Vaccine operations Central Provinces 1868-1885 - 1868-1885
Year: 1868
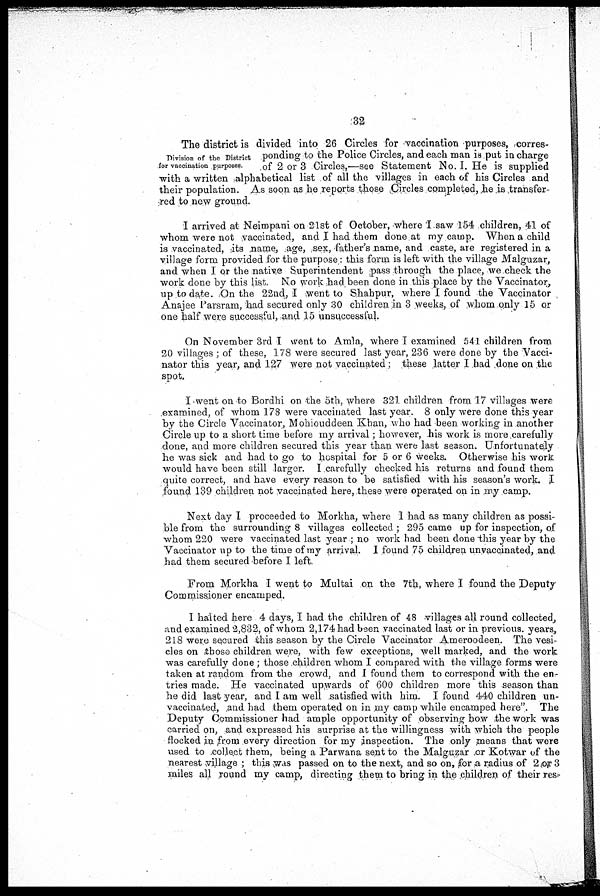
32
Division of the District
for vaccination purposes.
The district is divided into 26 Circles for vaccination purposes, corres-
ponding to the Police Circles, and each man is put in charge
of 2 or 3 Circles,—see Statement No. I. He is supplied
with a written alphabetical list of all the villages in each of his Circles and
their population. As soon as he reports those Circles completed, he is transfer-
red to new ground.
I arrived at Neimpani on 21st of October, where I saw 154 children, 41 of
whom were not vaccinated, and I had them done at my camp. When a child
is vaccinated, its name, age, sex, father's name, and caste, are registered in a
village form provided for the purpose: this form is left with the village Malguzar,
and when I or the native Superintendent pass through the place, we check the
work done by this list. No work had been done in this place by the Vaccinator,
up to date. On the 22nd, I went to Shahpur, where I found the Vaccinator
Anajee Parsram, had secured only 30 children in 3 weeks, of whom only 15 or
one half were successful, and 15 unsuccessful.
On November 3rd I went to Amla, where I examined 541 children from
20 villages ; of these, 178 were secured last year, 236 were done by the Vacci-
nator this year, and 127 were not vaccinated; these latter I had done on the
spot.
I went on to Bordhi on the 5th, where 321 children from 17 villages were
examined, of whom 178 were vaccinated last year. 8 only were done this year
by the Circle Vaccinator, Mohiouddeen Khan, who had been working in another
Circle up to a short time before my arrival; however, his work is more carefully
done, and more children secured this year than were last season. Unfortunately
he was sick and had to go to hospital for 5 or 6 weeks. Otherwise his work
would have been still larger. I carefully checked his returns and found them
quite correct, and have every reason to be satisfied with his season's work. I
found 139 children not vaccinated here, these were operated on in my camp.
Next day I proceeded to Morkha, where 1 had as many children as possi-
ble from the surrounding 8 villages collected ; 295 came up for inspection, of
whom 220 were vaccinated last year ; no work had been done this year by the
Vaccinator up to the time of my arrival. I found 75 children unvaccinated, and
had them secured before I left.
From Morkha I went to Multai on the 7th, where I found the Deputy
Commissioner encamped.
I halted here 4 days, I had the children of 48 villages all round collected,
and examined 2,832, of whom 2,174 had been vaccinated last or in previous. years,
218 were secured this season by the Circle Vaccinator Ameroodeen. The vesi-
cles on those children were, with few exceptions, well marked, and the work
was carefully done; those children whom I compared with the village forms were
taken at random from the crowd, and I found them to correspond with the en-
tries made. He vaccinated upwards of 600 children more this season than
he did last year, and I am well satisfied with him. I found 440 children un-
vaccinated, ,and had them operated on in my camp while encamped here". The
Deputy Commissioner had ample opportunity of observing how the work was
carried on, and expressed his surprise at the willingness with which the people
flocked in from every direction for my inspection. The only means that were
used to ,collect them, being a Parwana sent to the Malguzar or Kotwar of the
nearest village ; this was passed on to the next, and so on, for a, radius of 2 or 3
miles all round my camp, directing them to bring in the children of their res-